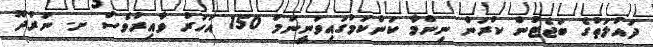
ދައުލަތުގެ ބަޖެޓުން ކުރަން ނިންމާ ކަންކަމުގައިވަނީނަމަ 150 އަހަރު ވާއިރުވެސް ށ. ނަރުދޫ